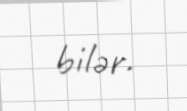
bilər.